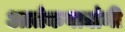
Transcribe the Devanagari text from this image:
आतंकवाद्यांनी